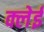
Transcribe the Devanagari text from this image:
क्लेई